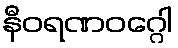
နီဝရဏဝဂ္ဂေါ